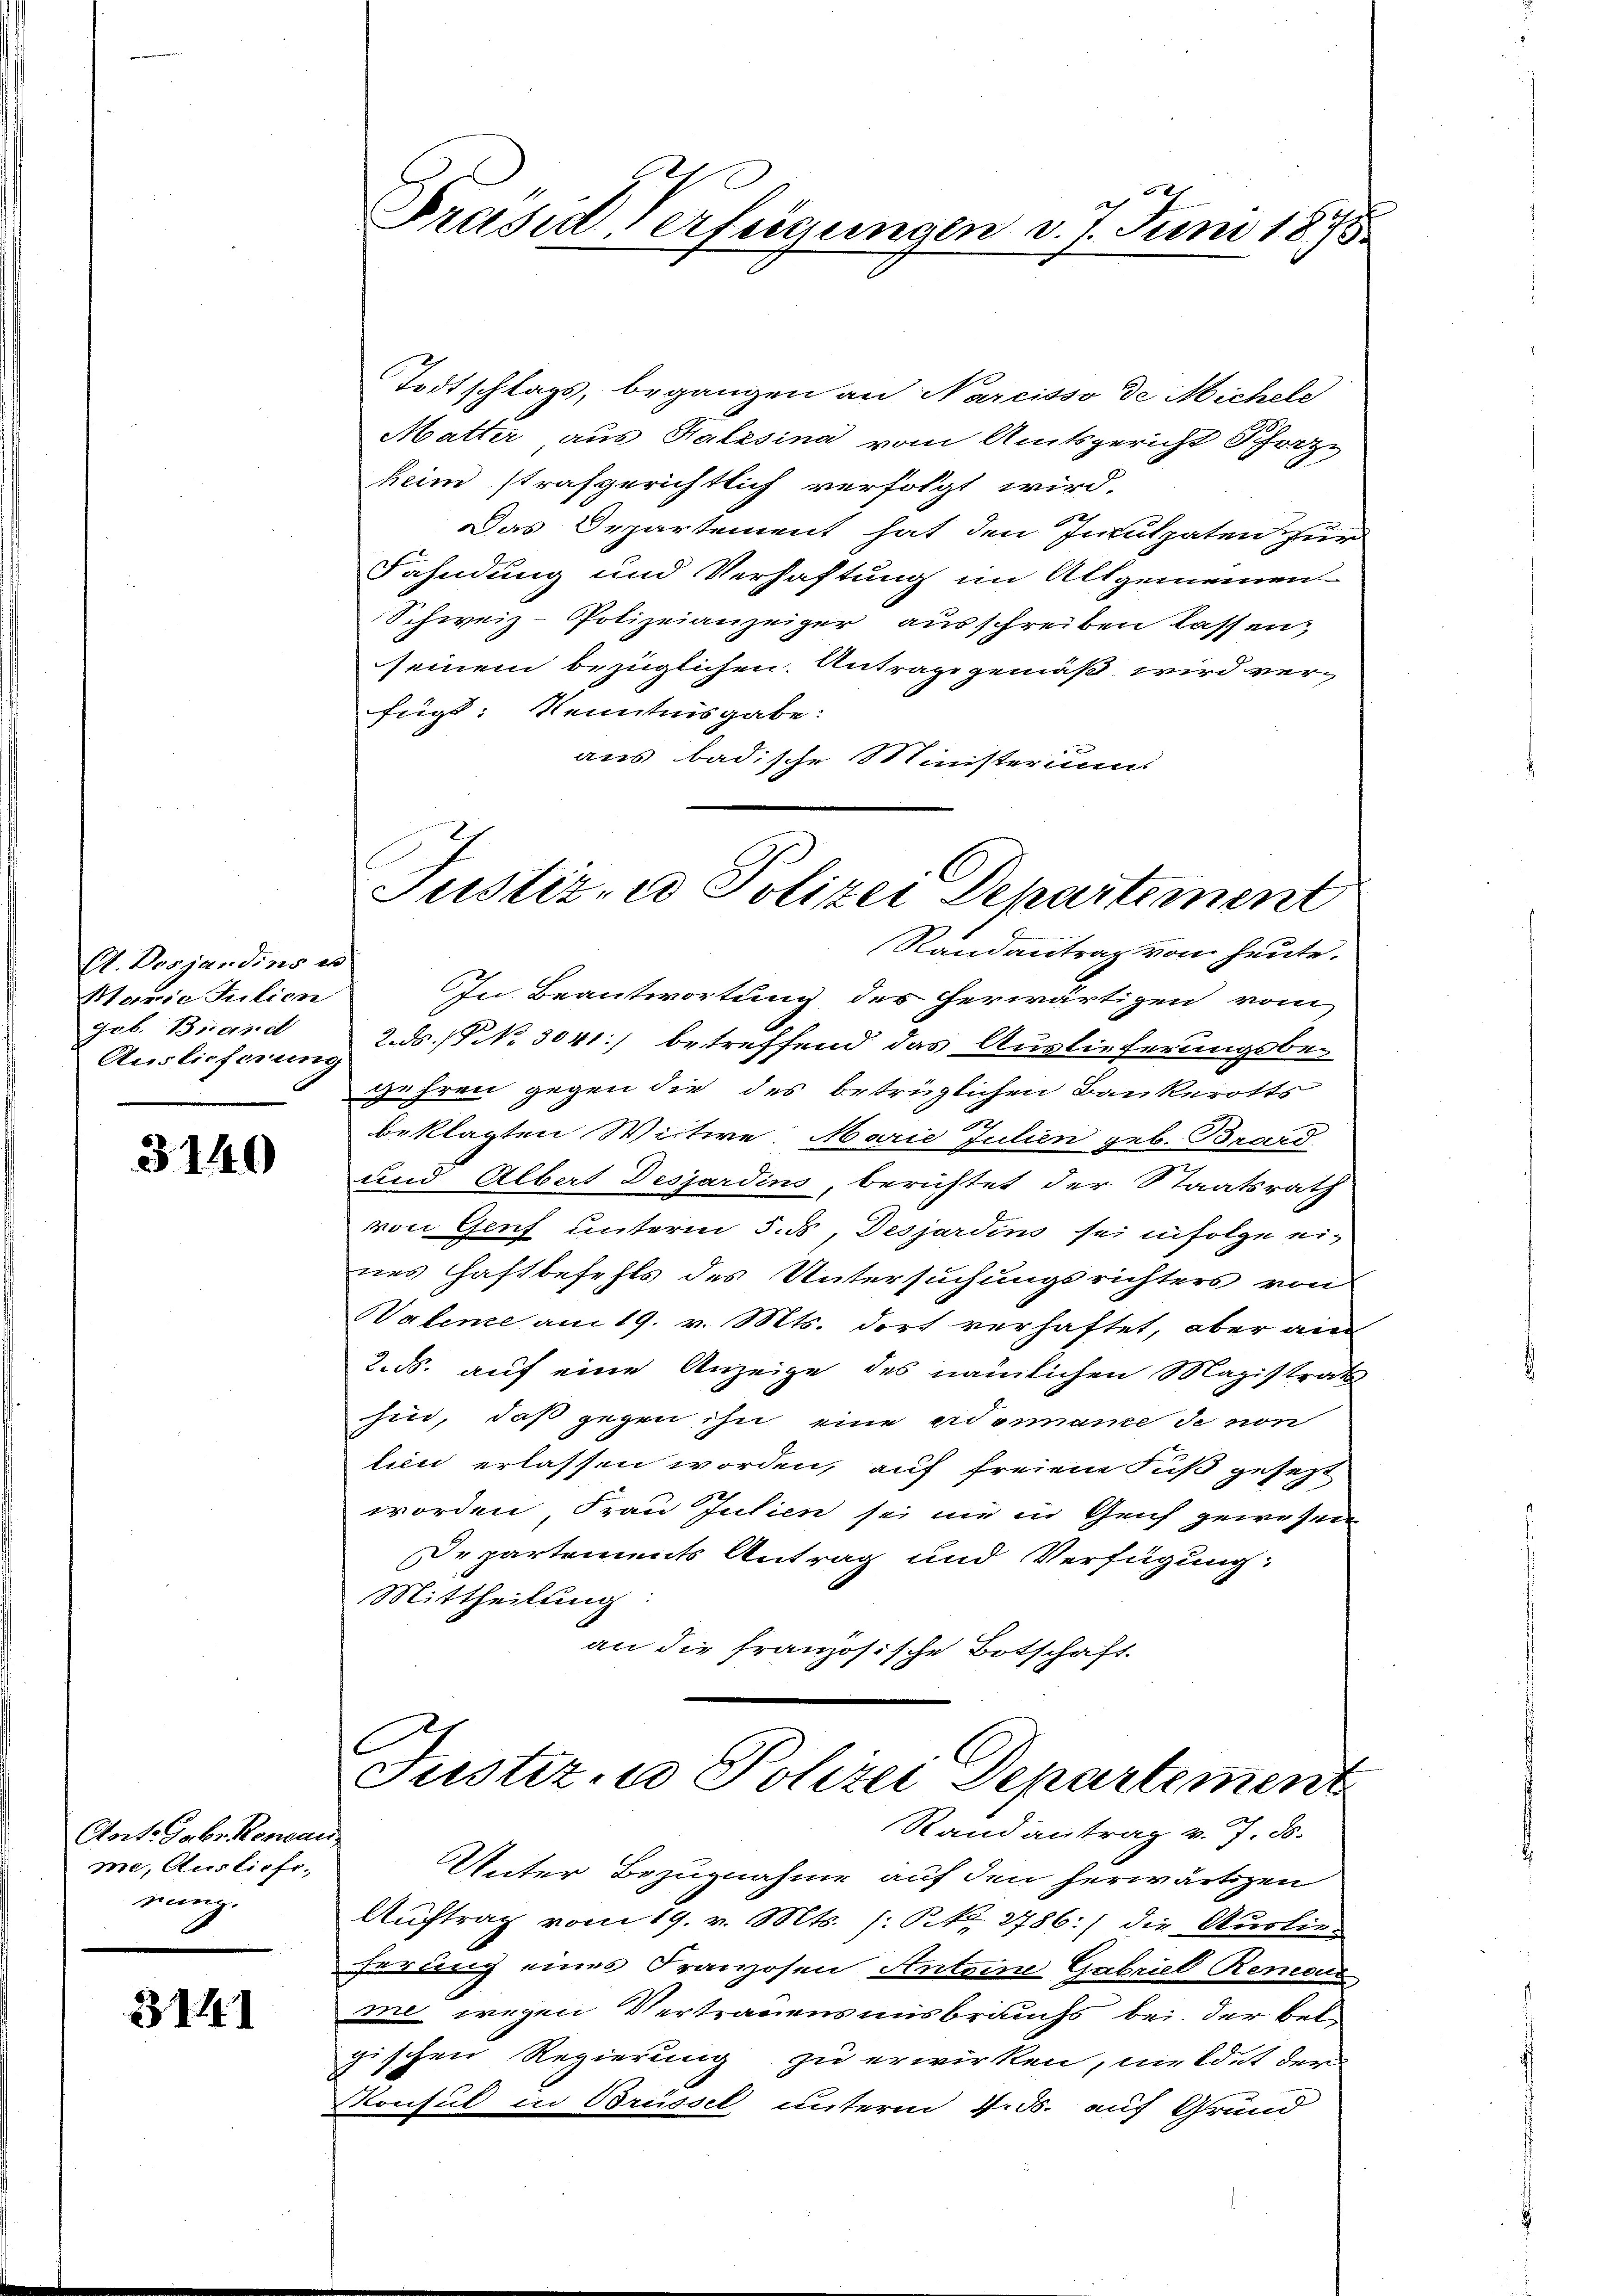
Ct. Dosjandins es
Marie Juilien
gob. Brand
Auslieferung

3140

Ant. Gebr. Renau
me, Ausliefe-
rung.

31441

Präsid Verfügungen d. 7. Juni 1875.

Todtschlags, begangen an Narcisso de Michele
Matter aus Halssina vom Amtsgericht Schatz-
heim strafgerichtlich verfolgt wird.
Das Departement hat den Inculpaten zur
Fahndung und Verhaftung im Allgemeinen
Schweiz. Polizeianzeiger ausschreiben lassen,
seinem bezüglichen Antrage gemäß wird verfügt: Kenntnisgabe.
aus badische Ministeriums
Randantrag von heute.
In Beantwortung des herwärtigen vom
2. ds. (P No 3041) betreffend das Auslieferungsbe-
gehren gegen die des betrüglichen Bankerotts
beklagten Weitwe Marie Julien geb. Brard-
und Albert Desjardins, berichtet der Staatsrath
von Genf unterm 5. d. Desjardins sei infolge ei-
nes Haftbefehls des Untersuchungsrichters von
Valene am 19. v. Mts. dort verhaftet, aber auc
2. ds. auf eine Anzeige des nämlichen Magistrats
hin, daß gegen ihn eine eidenance de non
lien erlassen worden, auf freien Fuß gesetzt
worden Frau Julien sei mir in Genf gewesen
Departements Antrag und Verfügung:
Mittheilung
an die französische Botschaft.
C
Justiz, Polizei Departement
Randantrag v. 7. ds.
UUnter Bezugnahme auf den herwärtigen
Auftrag vom 19. v. Mts. (: P. Nr. 2786:/ die Auslie-
ferung eines Franzosen Anteine Gabriel Remon
me wegen Vertrauensmisbrauchs bei der bel-
gischen Regierung zu erwirken, meldet der
onsul in Brüssel unterm 4. ds. auf Grund

Justiz- u Polizei Departement